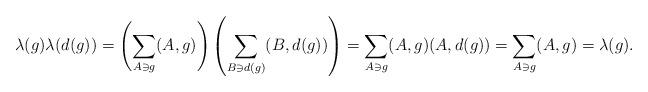
LaTeX: \begin{align*} \lambda(g)\lambda(d(g)) & = \left ( \sum_{A \ni g} (A,g) \right) \left( \sum_{B \ni d(g)} (B,d(g)) \right ) = \sum_{A \ni g} (A,g)(A,d(g)) = \sum_{A \ni g}(A,g) = \lambda(g).\end{align*}